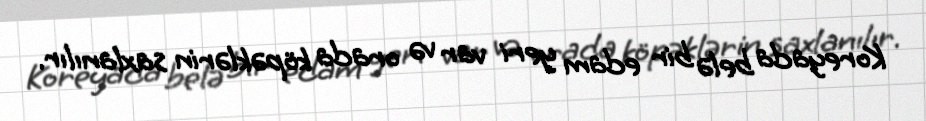
Koreyada belə bir edam yeri var və orada köpəklərin saxlanılır.